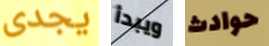
يجدى ويبدأ حوادث